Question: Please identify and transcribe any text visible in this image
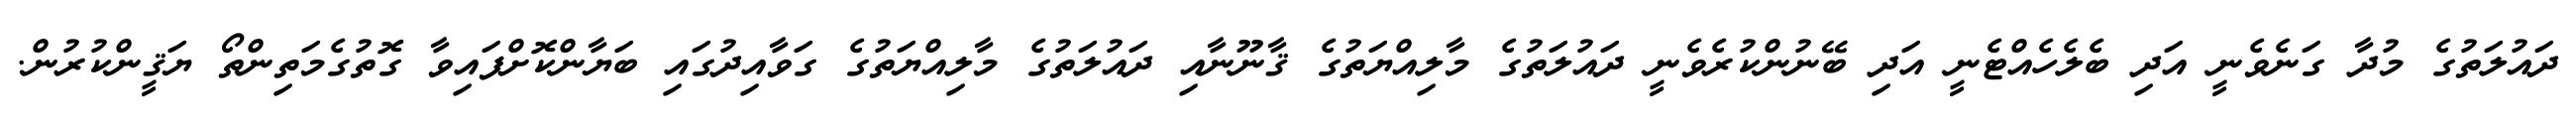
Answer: ދައުލަތުގެ މުދާ ގަނެވެނީ އަދި ބެލެހެއްޓެނީ އަދި ބޭނުންކުރެވެނީ ދައުލަތުގެ މާލިއްޔަތުގެ ޤާނޫނާއި ދައުލަތުގެ މާލިއްޔަތުގެ ގަވާއިދުގައި ބަޔާންކޮށްފައިވާ ގޮތުގެމަތިންތޯ ޔަޤީންކުރުން.